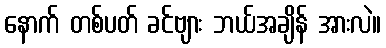
နောက် တစ်ပတ် ခင်ဗျား ဘယ်အချိန် အားလဲ။